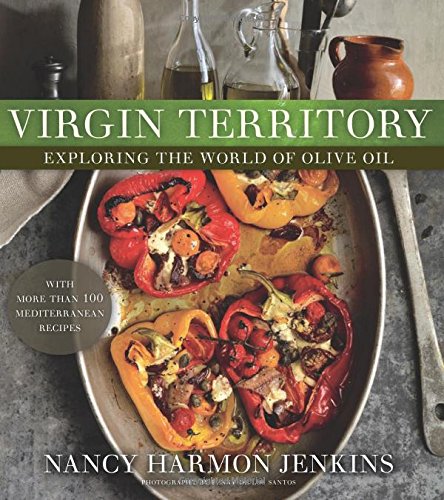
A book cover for Virgin Territory: Exploring the World of Olive Oil; Nancy Harmon Jenkins; Cookbooks, Food & Wine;